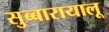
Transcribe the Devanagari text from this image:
सुब्बारायालू